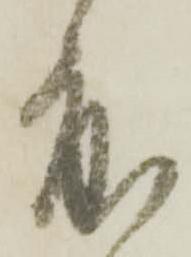
度